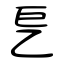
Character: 乬